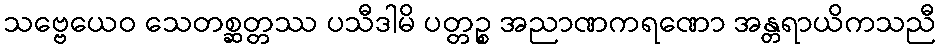
သဗ္ဗေယေဝ သေတစ္ဆတ္တဿ ပသီဒါမိ ပတ္တဉ္စ အညာဏကရဏော အန္တရာယိကသညီ